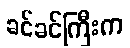
ခင်ခင်ကြီးက